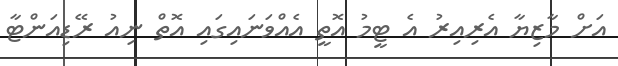
އަށް މާޒިޔާ އެރިއިރު އެ ޓީމު އޮތީ އެއްވަނައިގައި އޮތް ނިއު ރޭޑިއަންޓާ